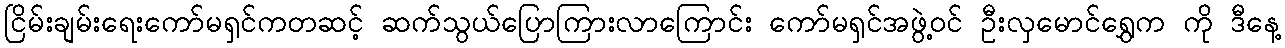
ငြိမ်းချမ်းရေးကော်မရှင်ကတဆင့် ဆက်သွယ်ပြောကြားလာကြောင်း ကော်မရှင်အဖွဲ့ဝင် ဦးလှမောင်ရွှေက ကို ဒီနေ့